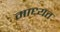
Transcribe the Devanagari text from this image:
माध्यत